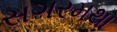
સગરમથા